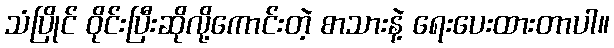
သံပြိုင် ဝိုင်းပြီးဆိုလို့ကောင်းတဲ့ စာသားနဲ့ ရေးပေးထားတာပါ။